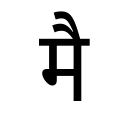
OCR:
मै